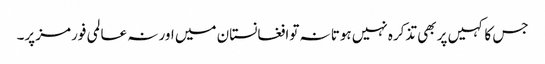
جس کا کہیں پر بھی تذکرہ نہیں ہوتا نہ توافغانستان میں اور نہ عالمی فورمز پر۔